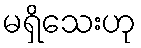
မရှိသေးဟု